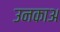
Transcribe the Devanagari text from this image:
उनकाअ